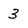
Character: 3